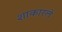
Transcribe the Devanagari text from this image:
शाकारले